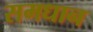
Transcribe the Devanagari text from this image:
समधान